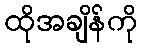
ထိုအချိန်ကို